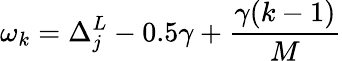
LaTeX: \omega_{k}=\Delta_{j}^{L}-0.5\gamma+\frac{\gamma(k-1)}{M}